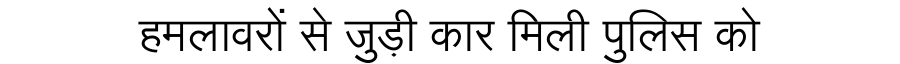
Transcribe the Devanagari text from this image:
हमलावरों से जुड़ी कार मिली पुलिस को